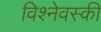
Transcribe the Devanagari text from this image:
विश्नेवस्की